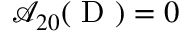
\mathcal { A } _ { 2 0 } ( \mathrm { ~ D ~ } ) = 0